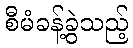
စီမံခန့်ခွဲသည့်